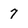
Character: 7